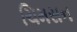
ચિમસન